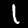
Label: 1